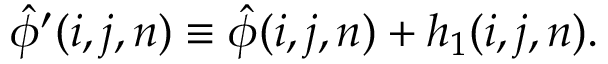
\hat { \phi } ^ { \prime } ( i , j , n ) \equiv \hat { \phi } ( i , j , n ) + h _ { 1 } ( i , j , n ) .